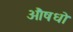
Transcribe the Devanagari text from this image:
औषधो